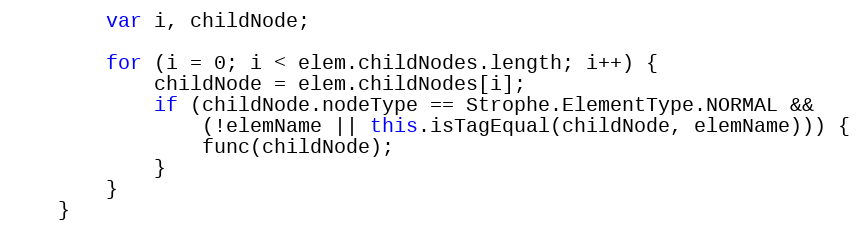
Language: JavaScript
        var i, childNode;

        for (i = 0; i < elem.childNodes.length; i++) {
            childNode = elem.childNodes[i];
            if (childNode.nodeType == Strophe.ElementType.NORMAL &&
                (!elemName || this.isTagEqual(childNode, elemName))) {
                func(childNode);
            }
        }
    }